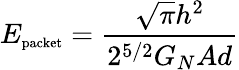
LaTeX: E_{\textup{\scriptsize{packet}}}=\frac{\sqrt{\pi}h^{2}}{2^{5/2}G_{N}Ad}